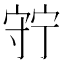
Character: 𡨹